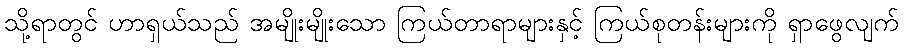
သို့ရာတွင် ဟာရှယ်သည် အမျိုးမျိုးသော ကြယ်တာရာများနှင့် ကြယ်စုတန်းများကို ရှာဖွေလျက်